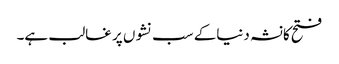
فتح کانشہ دنیاکے سب نشوں پر غالب ہے۔